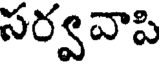
సర్వవాపి